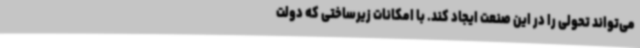
می‌تواند تحولی را در این صنعت ایجاد کند. با امکانات زیرساختی که دولت